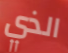
الذي